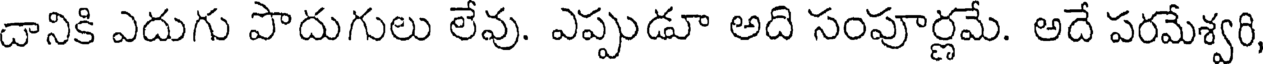
దానికి ఎదుగు పొదుగులు లేవు. ఎప్పుడూ అది సంపూర్ణమే. అదే పరమేశ్వరి